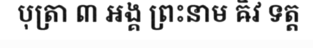
បុត្រា ៣ ឣង្គ ព្រះនាម ឝិវ ទត្ត